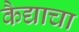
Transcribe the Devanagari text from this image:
कैद्याचा